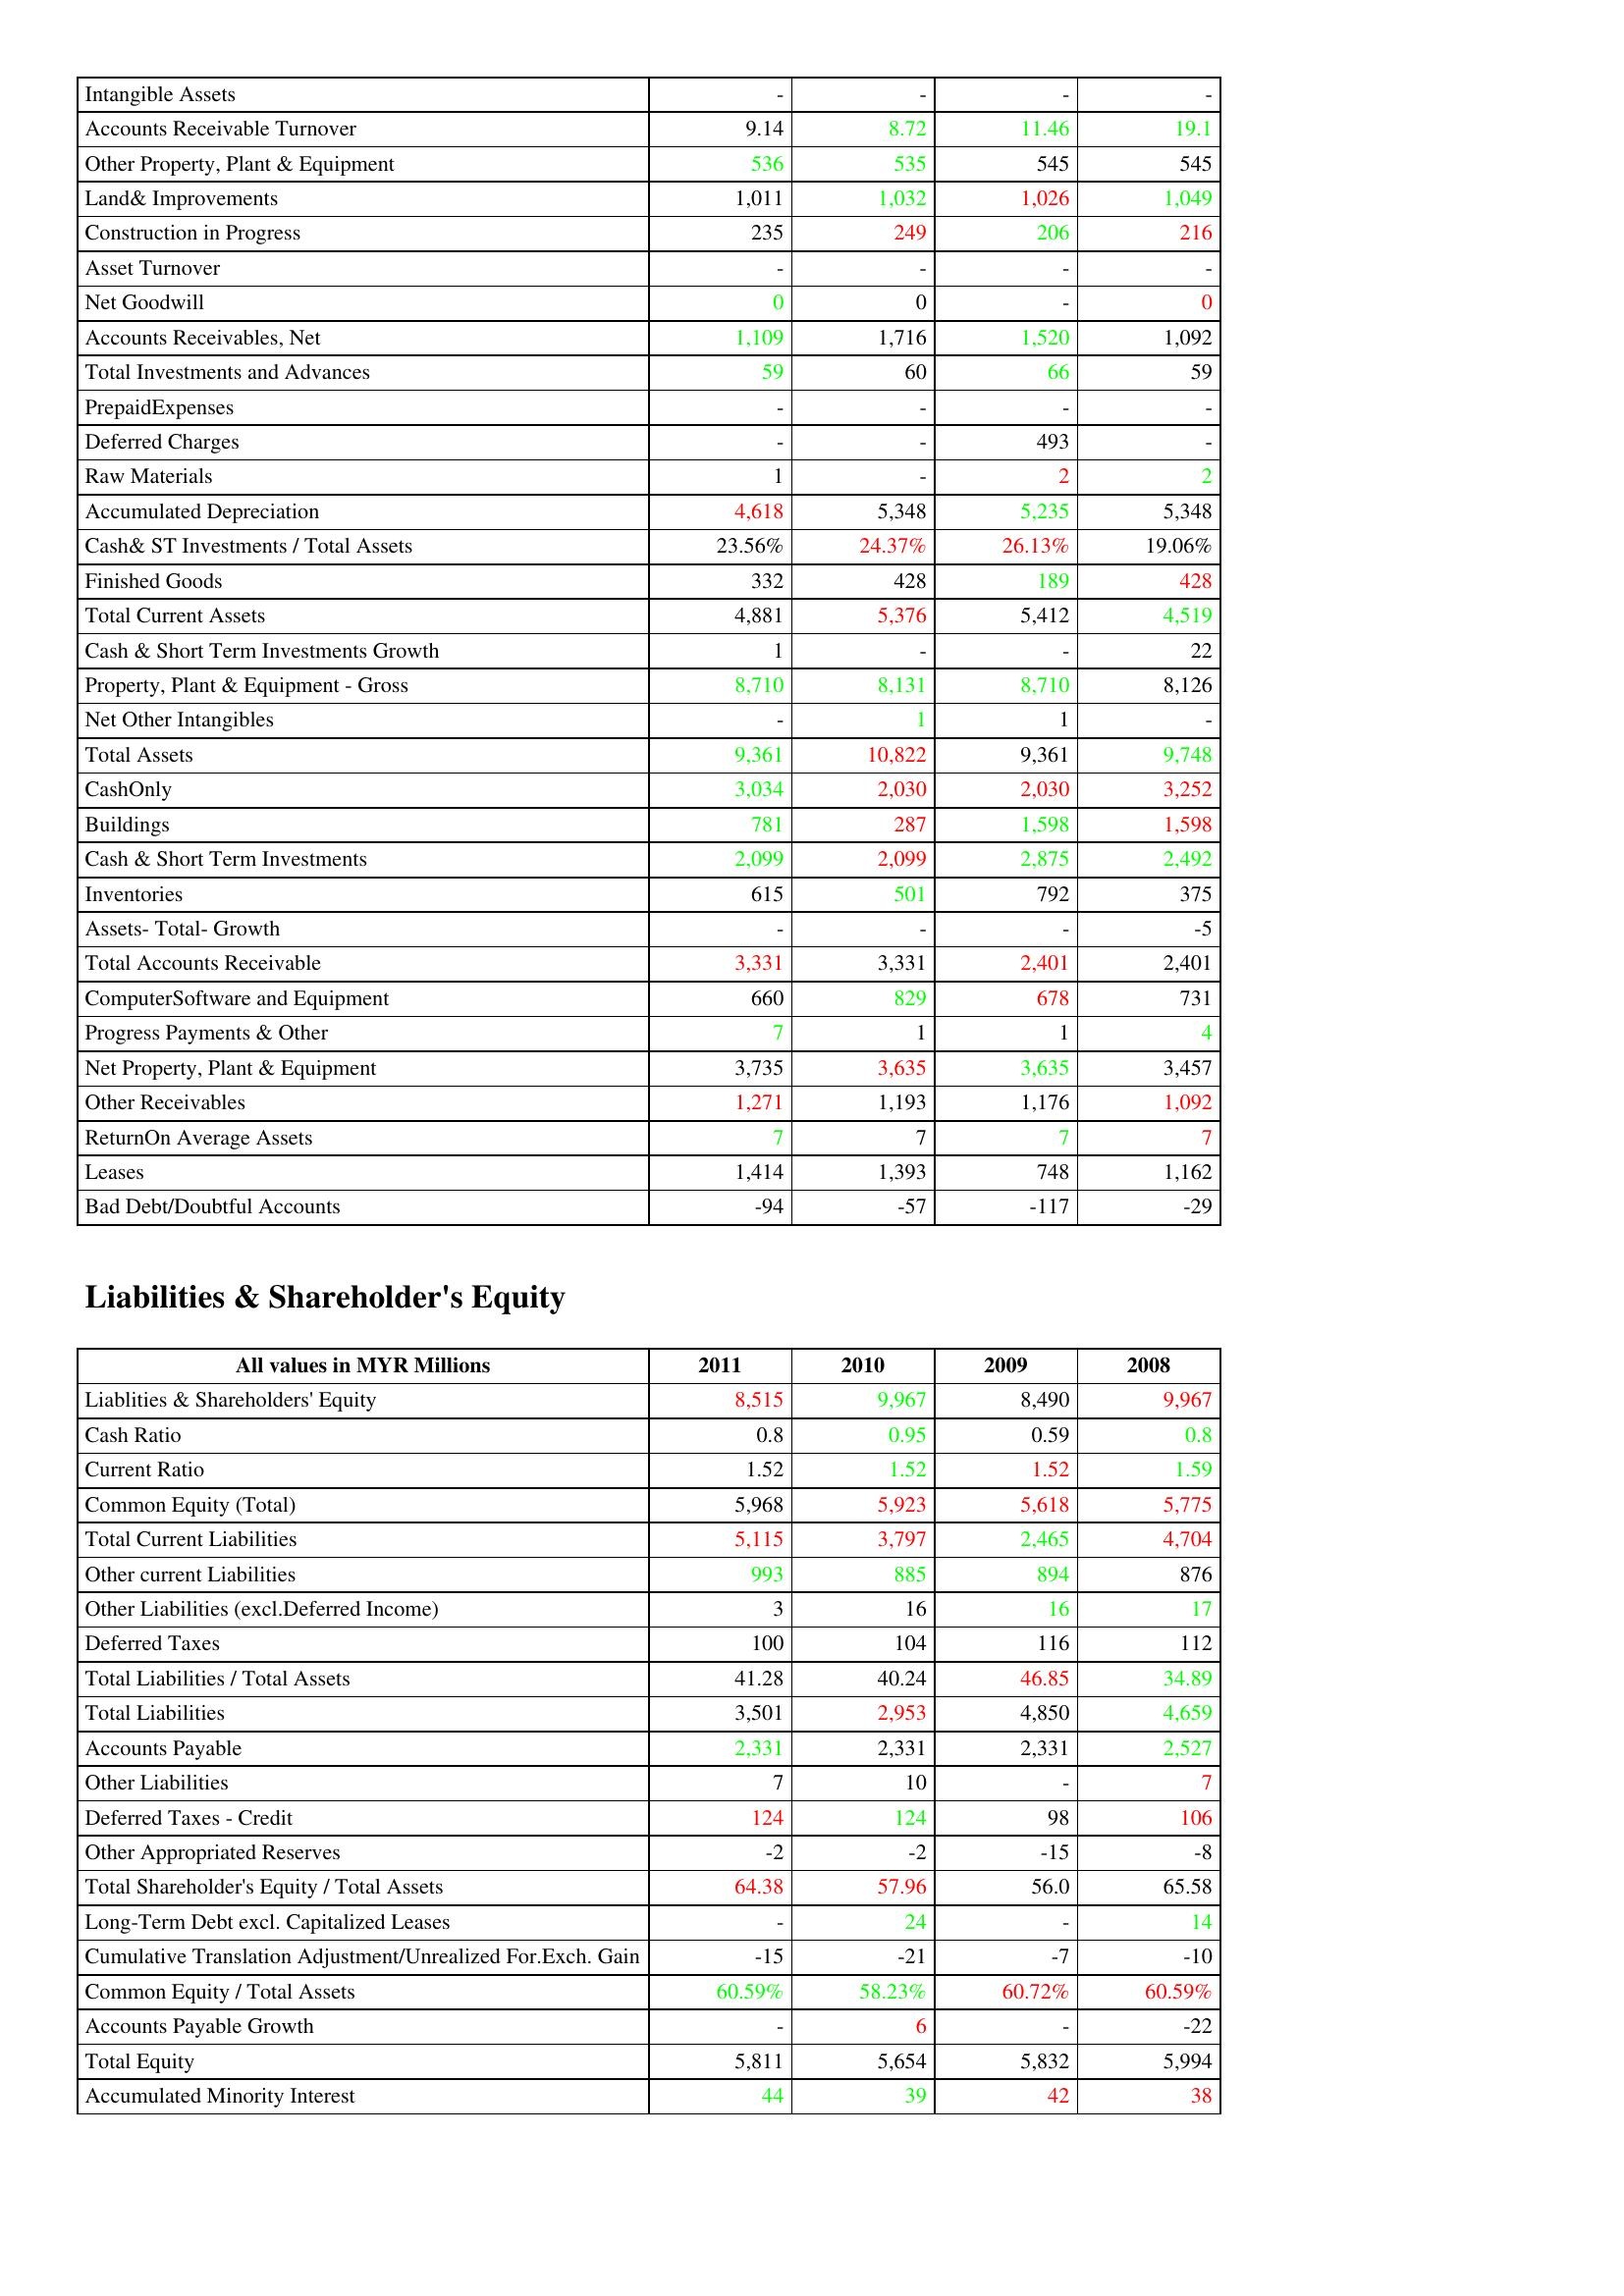
gt_parse: 2011: Assets: Intangible Assets: -
Accounts Receivable Turnover: 9.14
Other Property, Plant & Equipment: 536
Land& Improvements: 1,011
Construction in Progress: 235
Asset Turnover: -
Net Goodwill: 0
Accounts Receivables, Net: 1,109
Total Investments and Advances: 59
PrepaidExpenses: -
Deferred Charges: -
Raw Materials: 1
Accumulated Depreciation: 4,618
Cash& ST Investments / Total Assets: 23.56%
Finished Goods: 332
Total Current Assets: 4,881
Cash & Short Term Investments Growth: 1
Property, Plant & Equipment - Gross : 8,710
Net Other Intangibles: -
Total Assets: 9,361
CashOnly: 3,034
Buildings: 781
Cash & Short Term Investments: 2,099
Inventories: 615
Assets- Total- Growth: -
Total Accounts Receivable: 3,331
ComputerSoftware and Equipment: 660
Progress Payments & Other: 7
Net Property, Plant & Equipment: 3,735
Other Receivables: 1,271
ReturnOn Average Assets: 7
Leases: 1,414
Bad Debt/Doubtful Accounts: -94
Liabilities & Shareholder's Equity: Liablities & Shareholders' Equity: 8,515
Cash Ratio: 0.8
Current Ratio: 1.52
Common Equity (Total): 5,968
Total Current Liabilities: 5,115
Other current Liabilities: 993
Other Liabilities (excl.Deferred Income): 3
Deferred Taxes: 100
Total Liabilities / Total Assets: 41.28
Total Liabilities: 3,501
Accounts Payable: 2,331
Other Liabilities: 7
Deferred Taxes - Credit: 124
Other Appropriated Reserves: -2
Total Shareholder's Equity / Total Assets: 64.38
Long-Term Debt excl. Capitalized Leases: -
Cumulative Translation Adjustment/Unrealized For.Exch. Gain: -15
Common Equity / Total Assets: 60.59%
Accounts Payable Growth: -
Total Equity: 5,811
Accumulated Minority Interest: 44
2010: Assets: Intangible Assets: -
Accounts Receivable Turnover: 8.72
Other Property, Plant & Equipment: 535
Land& Improvements: 1,032
Construction in Progress: 249
Asset Turnover: -
Net Goodwill: 0
Accounts Receivables, Net: 1,716
Total Investments and Advances: 60
PrepaidExpenses: -
Deferred Charges: -
Raw Materials: -
Accumulated Depreciation: 5,348
Cash& ST Investments / Total Assets: 24.37%
Finished Goods: 428
Total Current Assets: 5,376
Cash & Short Term Investments Growth: -
Property, Plant & Equipment - Gross : 8,131
Net Other Intangibles: 1
Total Assets: 10,822
CashOnly: 2,030
Buildings: 287
Cash & Short Term Investments: 2,099
Inventories: 501
Assets- Total- Growth: -
Total Accounts Receivable: 3,331
ComputerSoftware and Equipment: 829
Progress Payments & Other: 1
Net Property, Plant & Equipment: 3,635
Other Receivables: 1,193
ReturnOn Average Assets: 7
Leases: 1,393
Bad Debt/Doubtful Accounts: -57
Liabilities & Shareholder's Equity: Liablities & Shareholders' Equity: 9,967
Cash Ratio: 0.95
Current Ratio: 1.52
Common Equity (Total): 5,923
Total Current Liabilities: 3,797
Other current Liabilities: 885
Other Liabilities (excl.Deferred Income): 16
Deferred Taxes: 104
Total Liabilities / Total Assets: 40.24
Total Liabilities: 2,953
Accounts Payable: 2,331
Other Liabilities: 10
Deferred Taxes - Credit: 124
Other Appropriated Reserves: -2
Total Shareholder's Equity / Total Assets: 57.96
Long-Term Debt excl. Capitalized Leases: 24
Cumulative Translation Adjustment/Unrealized For.Exch. Gain: -21
Common Equity / Total Assets: 58.23%
Accounts Payable Growth: 6
Total Equity: 5,654
Accumulated Minority Interest: 39
2009: Assets: Intangible Assets: -
Accounts Receivable Turnover: 11.46
Other Property, Plant & Equipment: 545
Land& Improvements: 1,026
Construction in Progress: 206
Asset Turnover: -
Net Goodwill: -
Accounts Receivables, Net: 1,520
Total Investments and Advances: 66
PrepaidExpenses: -
Deferred Charges: 493
Raw Materials: 2
Accumulated Depreciation: 5,235
Cash& ST Investments / Total Assets: 26.13%
Finished Goods: 189
Total Current Assets: 5,412
Cash & Short Term Investments Growth: -
Property, Plant & Equipment - Gross : 8,710
Net Other Intangibles: 1
Total Assets: 9,361
CashOnly: 2,030
Buildings: 1,598
Cash & Short Term Investments: 2,875
Inventories: 792
Assets- Total- Growth: -
Total Accounts Receivable: 2,401
ComputerSoftware and Equipment: 678
Progress Payments & Other: 1
Net Property, Plant & Equipment: 3,635
Other Receivables: 1,176
ReturnOn Average Assets: 7
Leases: 748
Bad Debt/Doubtful Accounts: -117
Liabilities & Shareholder's Equity: Liablities & Shareholders' Equity: 8,490
Cash Ratio: 0.59
Current Ratio: 1.52
Common Equity (Total): 5,618
Total Current Liabilities: 2,465
Other current Liabilities: 894
Other Liabilities (excl.Deferred Income): 16
Deferred Taxes: 116
Total Liabilities / Total Assets: 46.85
Total Liabilities: 4,850
Accounts Payable: 2,331
Other Liabilities: -
Deferred Taxes - Credit: 98
Other Appropriated Reserves: -15
Total Shareholder's Equity / Total Assets: 56.0
Long-Term Debt excl. Capitalized Leases: -
Cumulative Translation Adjustment/Unrealized For.Exch. Gain: -7
Common Equity / Total Assets: 60.72%
Accounts Payable Growth: -
Total Equity: 5,832
Accumulated Minority Interest: 42
2008: Assets: Intangible Assets: -
Accounts Receivable Turnover: 19.1
Other Property, Plant & Equipment: 545
Land& Improvements: 1,049
Construction in Progress: 216
Asset Turnover: -
Net Goodwill: 0
Accounts Receivables, Net: 1,092
Total Investments and Advances: 59
PrepaidExpenses: -
Deferred Charges: -
Raw Materials: 2
Accumulated Depreciation: 5,348
Cash& ST Investments / Total Assets: 19.06%
Finished Goods: 428
Total Current Assets: 4,519
Cash & Short Term Investments Growth: 22
Property, Plant & Equipment - Gross : 8,126
Net Other Intangibles: -
Total Assets: 9,748
CashOnly: 3,252
Buildings: 1,598
Cash & Short Term Investments: 2,492
Inventories: 375
Assets- Total- Growth: -5
Total Accounts Receivable: 2,401
ComputerSoftware and Equipment: 731
Progress Payments & Other: 4
Net Property, Plant & Equipment: 3,457
Other Receivables: 1,092
ReturnOn Average Assets: 7
Leases: 1,162
Bad Debt/Doubtful Accounts: -29
Liabilities & Shareholder's Equity: Liablities & Shareholders' Equity: 9,967
Cash Ratio: 0.8
Current Ratio: 1.59
Common Equity (Total): 5,775
Total Current Liabilities: 4,704
Other current Liabilities: 876
Other Liabilities (excl.Deferred Income): 17
Deferred Taxes: 112
Total Liabilities / Total Assets: 34.89
Total Liabilities: 4,659
Accounts Payable: 2,527
Other Liabilities: 7
Deferred Taxes - Credit: 106
Other Appropriated Reserves: -8
Total Shareholder's Equity / Total Assets: 65.58
Long-Term Debt excl. Capitalized Leases: 14
Cumulative Translation Adjustment/Unrealized For.Exch. Gain: -10
Common Equity / Total Assets: 60.59%
Accounts Payable Growth: -22
Total Equity: 5,994
Accumulated Minority Interest: 38